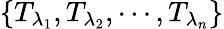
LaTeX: \left\{ {{T}_{{\lambda}_{1}}},{{T}_{{\lambda}_{2}}},\cdots,{{T}_{{\lambda}_{n}}}\right\}